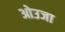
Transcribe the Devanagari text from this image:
ओउजा